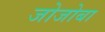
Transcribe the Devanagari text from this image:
जोजोबा